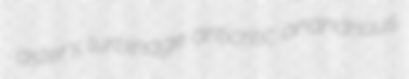
aster's turbinage anticritic anandrious